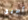
أطيق